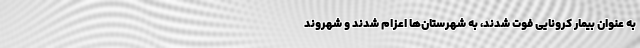
به عنوان بیمار کرونایی فوت شدند، به شهرستان‌ها اعزام شدند و شهروند